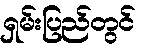
ရှမ်းပြည်တွင်